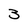
Character: 3